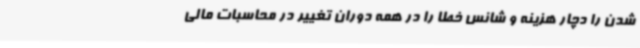
شدن را دچار هزینه و شانس خطا را در همه دوران تغییر در محاسبات مالی